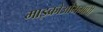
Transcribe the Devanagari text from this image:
माइक्रोओममापी